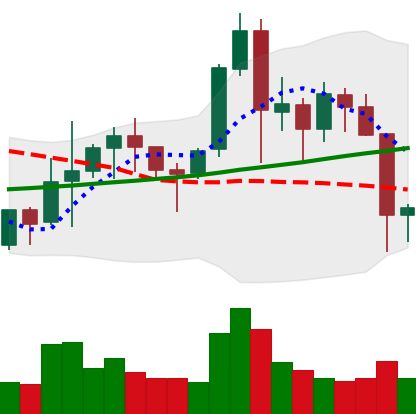
Ticker: NEO-USD
Chart end date: 2021-11-17
Forward return: -7.043%
Label: down_7plus